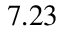
7 . 2 3